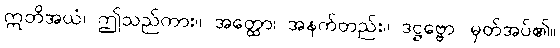
ဣတိအယံ၊ ဤသည်ကား။ အတ္ထော၊ အနက်တည်း။ ဒဋ္ဌဗ္ဗော၊ မှတ်အပ်၏။